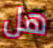
هل